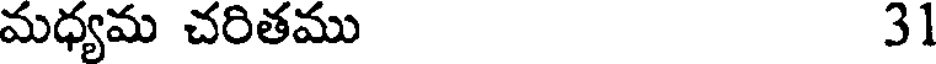
మధ్యమ చరితము 31